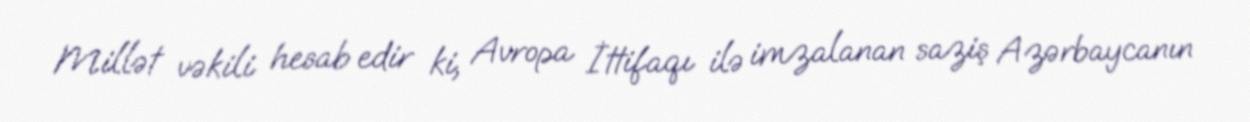
Millət vəkili hesab edir ki, Avropa İttifaqı ilə imzalanan saziş Azərbaycanın